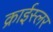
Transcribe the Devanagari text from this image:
क्राईस्लर